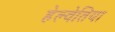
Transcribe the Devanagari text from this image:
हेल्वेतिया